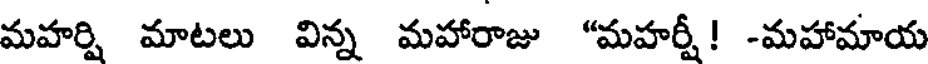
మహర్షి మాటలు విన్న మహారాజు "మహర్షీ! -మహామాయ